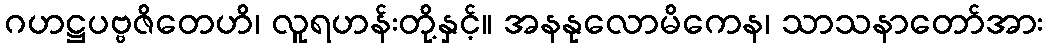
ဂဟဋ္ဌပဗ္ဗဇိတေဟိ၊ လူရဟန်းတို့နှင့်။ အနနုလောမိကေန၊ သာသနာတော်အား